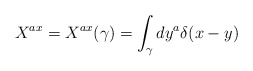
\begin{align*}X^{ax} = X^{ax} (\gamma) = \int_{\gamma} dy^a \delta (x - y)\end{align*}